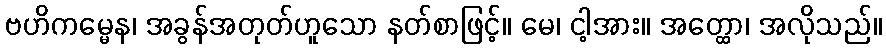
ဗဟိကမ္မေန၊ အခွန်အတုတ်ဟူသော နတ်စာဖြင့်။ မေ၊ ငါ့အား။ အတ္ထော၊ အလိုသည်။